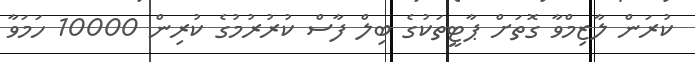
ކުރަން ލާޒިމްވާ ގޮތަށް ޕާޓީތަކުގެ ބިލް ފާސް ކުރުރުމުގެ ކުރިން 10000 ހަމަވާ